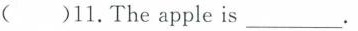
( )11.The apple is ___.